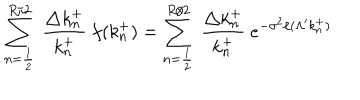
\sum _ { n = \frac { 1 } { 2 } } ^ { R / 2 } ~ \frac { \triangle k _ { n } ^ { + } } { k _ { n } ^ { + } } ~ f ( k _ { n } ^ { + } ) = \sum _ { n = \frac { 1 } { 2 } } ^ { R / 2 } ~ \frac { \triangle k _ { n } ^ { + } } { k _ { n } ^ { + } } ~ e ^ { - \sigma ^ { 2 } / ( \Lambda ^ { \prime } k _ { n } ^ { + } ) }